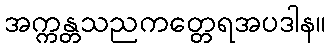
အက္ကန္တသညကတ္တေရအပဒါန။